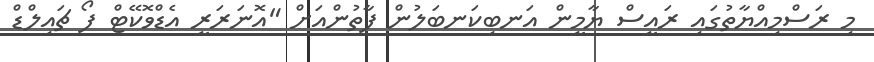
މި ރަސްމިއްޔާތުގައި ރައީސް ޔާމީން އަނބިކަނބަލުން ފާތުންއަށް "އޮނަރަރީ އެޑްވޮކޭޓް ފޯ ޗައިލްޑް